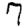
Digit: 7